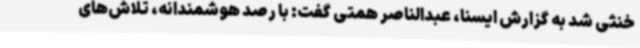
خنثی شد به گزارش ایسنا، عبدالناصر همتی گفت: با رصد هوشمندانه، تلاش‌های